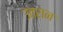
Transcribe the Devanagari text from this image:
उतरान